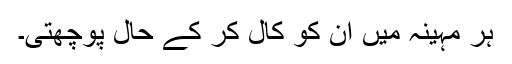
ہر مہینہ میں ان کو کال کر کے حال پوچھتی۔